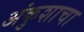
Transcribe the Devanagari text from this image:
अंकुशाचा